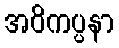
အဝိကပ္ပနာ